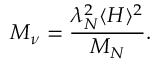
M _ { \nu } = \frac { \lambda _ { N } ^ { 2 } \langle H \rangle ^ { 2 } } { M _ { N } } .